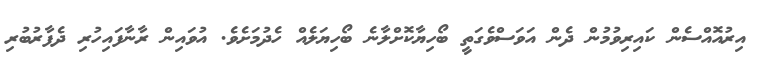
އިރުއޮއްސެން ކައިރިވުމުން ދެން އަވަސްވެގަތީ ބޯހިޔާކޮށްލާނެ ބޯހިޔަލެއް ހެދުމަށެވެ. އުވައިން ރާނާފައިހުރި ދެފާރުބުރި